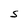
Character: S